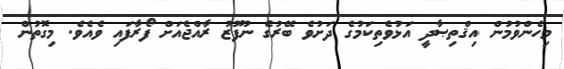
މިހެންވުމުން އިޤްތިޞާދީ އަޅުވެތިކަމުގެ ދަށުވެ ބޭރުގެ ނުފޫޒު ރާއްޖެއަށް ފޯރާފައި ވެއެވެ. މިގޮތުން